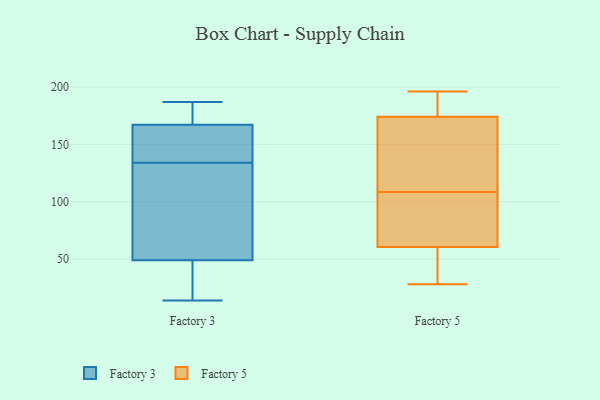
{"axis": {"x": "Active Users", "y": "Value"}, "legend": ["Factory 3", "Factory 5"], "data": [{"x": "", "y": 167, "type": "Factory 3"}, {"x": "", "y": 14, "type": "Factory 3"}, {"x": "", "y": 17, "type": "Factory 3"}, {"x": "", "y": 119, "type": "Factory 3"}, {"x": "", "y": 182, "type": "Factory 3"}, {"x": "", "y": 64, "type": "Factory 3"}, {"x": "", "y": 168, "type": "Factory 3"}, {"x": "", "y": 47, "type": "Factory 3"}, {"x": "", "y": 118, "type": "Factory 3"}, {"x": "", "y": 49, "type": "Factory 3"}, {"x": "", "y": 187, "type": "Factory 3"}, {"x": "", "y": 159, "type": "Factory 3"}, {"x": "", "y": 157, "type": "Factory 3"}, {"x": "", "y": 149, "type": "Factory 3"}, {"x": "", "y": 81, "type": "Factory 5"}, {"x": "", "y": 165, "type": "Factory 5"}, {"x": "", "y": 129, "type": "Factory 5"}, {"x": "", "y": 53, "type": "Factory 5"}, {"x": "", "y": 184, "type": "Factory 5"}, {"x": "", "y": 183, "type": "Factory 5"}, {"x": "", "y": 28, "type": "Factory 5"}, {"x": "", "y": 187, "type": "Factory 5"}, {"x": "", "y": 157, "type": "Factory 5"}, {"x": "", "y": 113, "type": "Factory 5"}, {"x": "", "y": 104, "type": "Factory 5"}, {"x": "", "y": 53, "type": "Factory 5"}, {"x": "", "y": 50, "type": "Factory 5"}, {"x": "", "y": 68, "type": "Factory 5"}, {"x": "", "y": 76, "type": "Factory 5"}, {"x": "", "y": 196, "type": "Factory 5"}]}